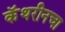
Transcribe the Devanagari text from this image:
कॅथरीनचा